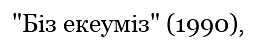
"Біз екеуміз" (1990),